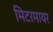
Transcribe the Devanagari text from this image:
मिटरमायर